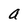
Character: a